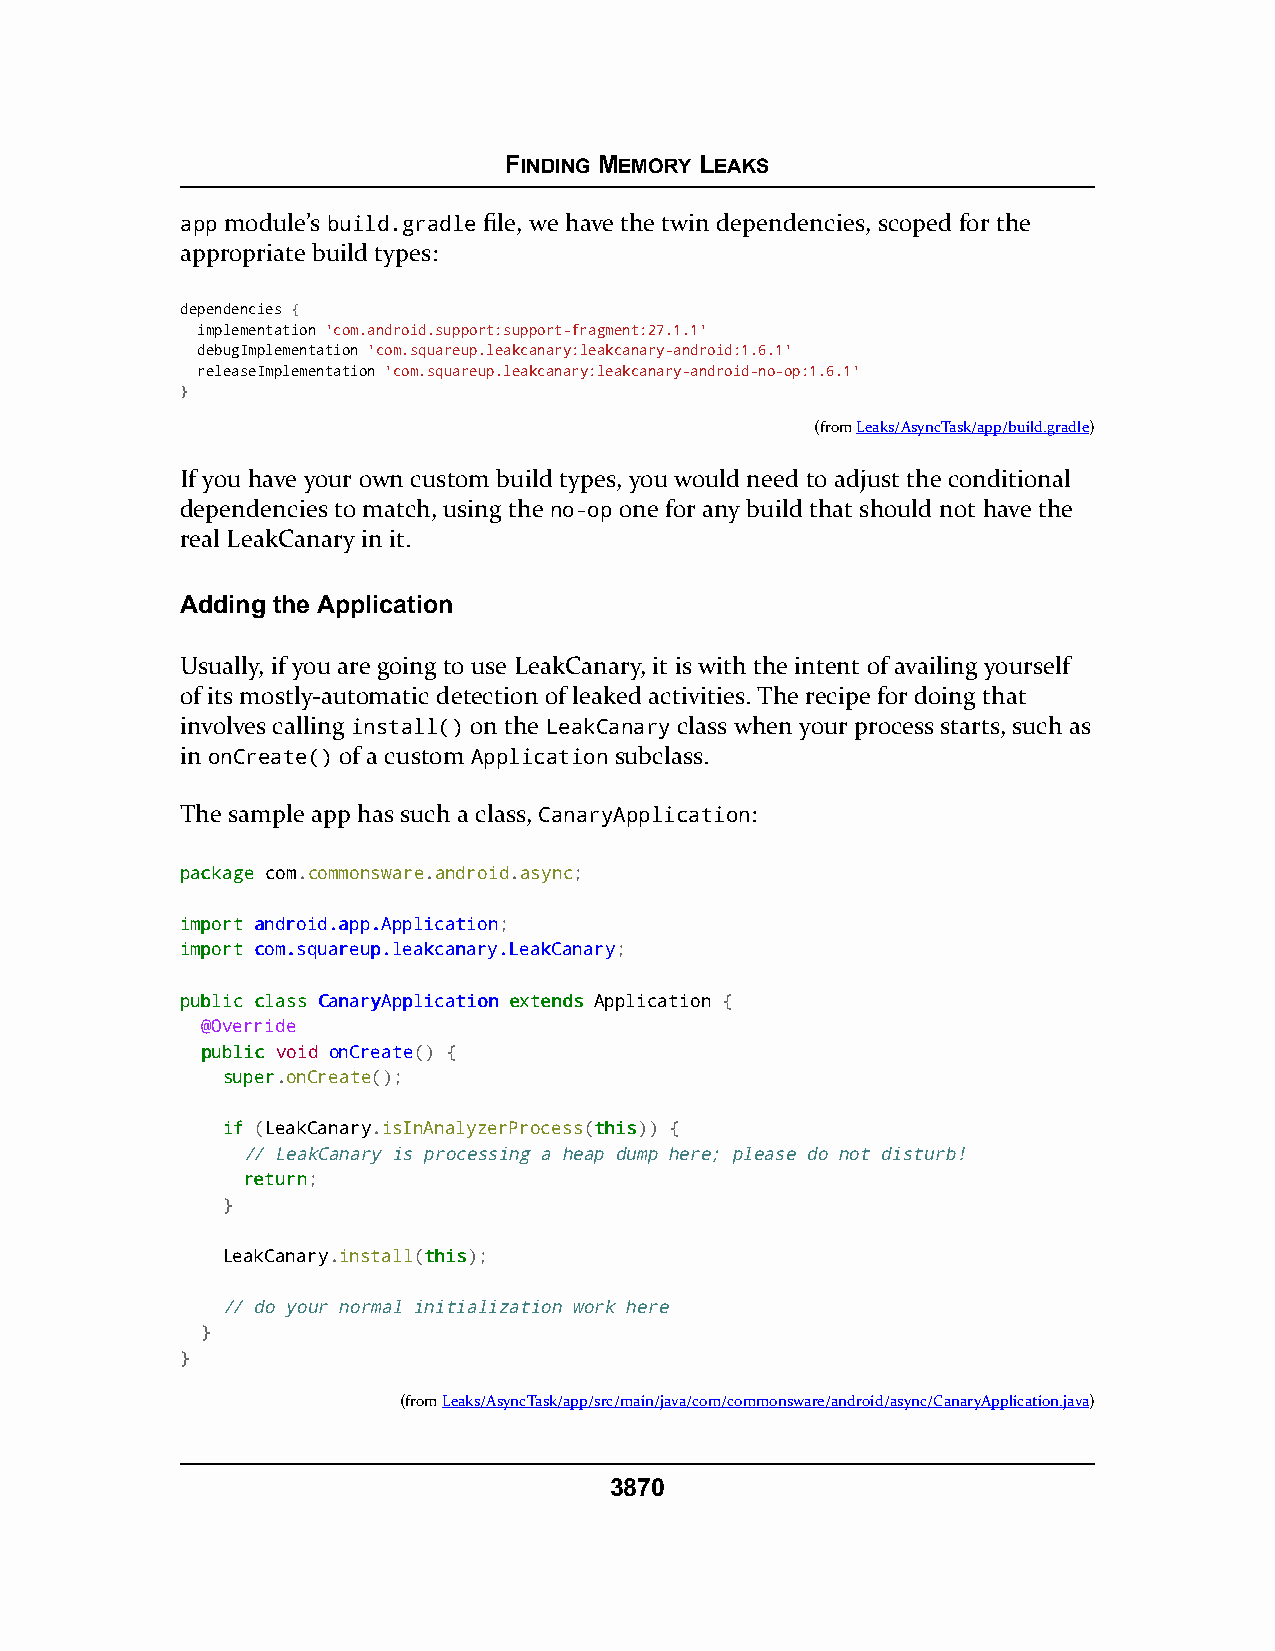
FINDING MEMORY LEAKS
 app module’s build.gradle file, we have the twin dependencies, scoped for the
 appropriate build types:
 dependencies {
 implementation 'com.android.support:support-fragment:27.1.1'
 debugImplementation 'com.squareup.leakcanary:leakcanary-android:1.6.1'
 releaseImplementation 'com.squareup.leakcanary:leakcanary-android-no-op:1.6.1'
 }
 (fromLeaks/AsyncTask/app/build.gradle)
 If you have your own custom build types, you would need to adjust the conditional
 dependencies to match, using the no-op one for any build that should not have the
 real LeakCanary in it.
 Adding the Application
 Usually, if you are going to use LeakCanary, it is with the intent of availing yourself
 of its mostly-automatic detection of leaked activities. The recipe for doing that
 involves calling install() on the LeakCanary class when your process starts, such as
 in onCreate() of a custom Application subclass.
 The sample app has such a class, CanaryApplication:
 ppaacckkaaggee com.commonsware.android.async;
 iimmppoorrtt aannddrrooiidd..aapppp..AApppplliiccaattiioonn;
 iimmppoorrtt ccoomm..ssqquuaarreeuupp..lleeaakkccaannaarryy..LLeeaakkCCaannaarryy;
 ppuubblliicc ccllaassss CCaannaarryyAApppplliiccaattiioonn eexxtteennddss Application {
 @Override
 ppuubblliicc void onCreate() {
 ssuuppeerr.onCreate();
 iiff (LeakCanary.isInAnalyzerProcess(tthhiiss)) {
 // LeakCanary is processing a heap dump here; please do not disturb!
 rreettuurrnn;
 }
 LeakCanary.install(tthhiiss);
 // do your normal initialization work here
 }
 }
 (fromLeaks/AsyncTask/app/src/main/java/com/commonsware/android/async/CanaryApplication.java)
 3870